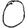
Digit: 0